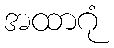
အထာဂုံ